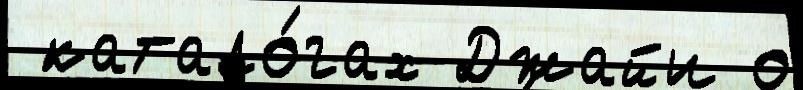
 катало́гах Джайи о